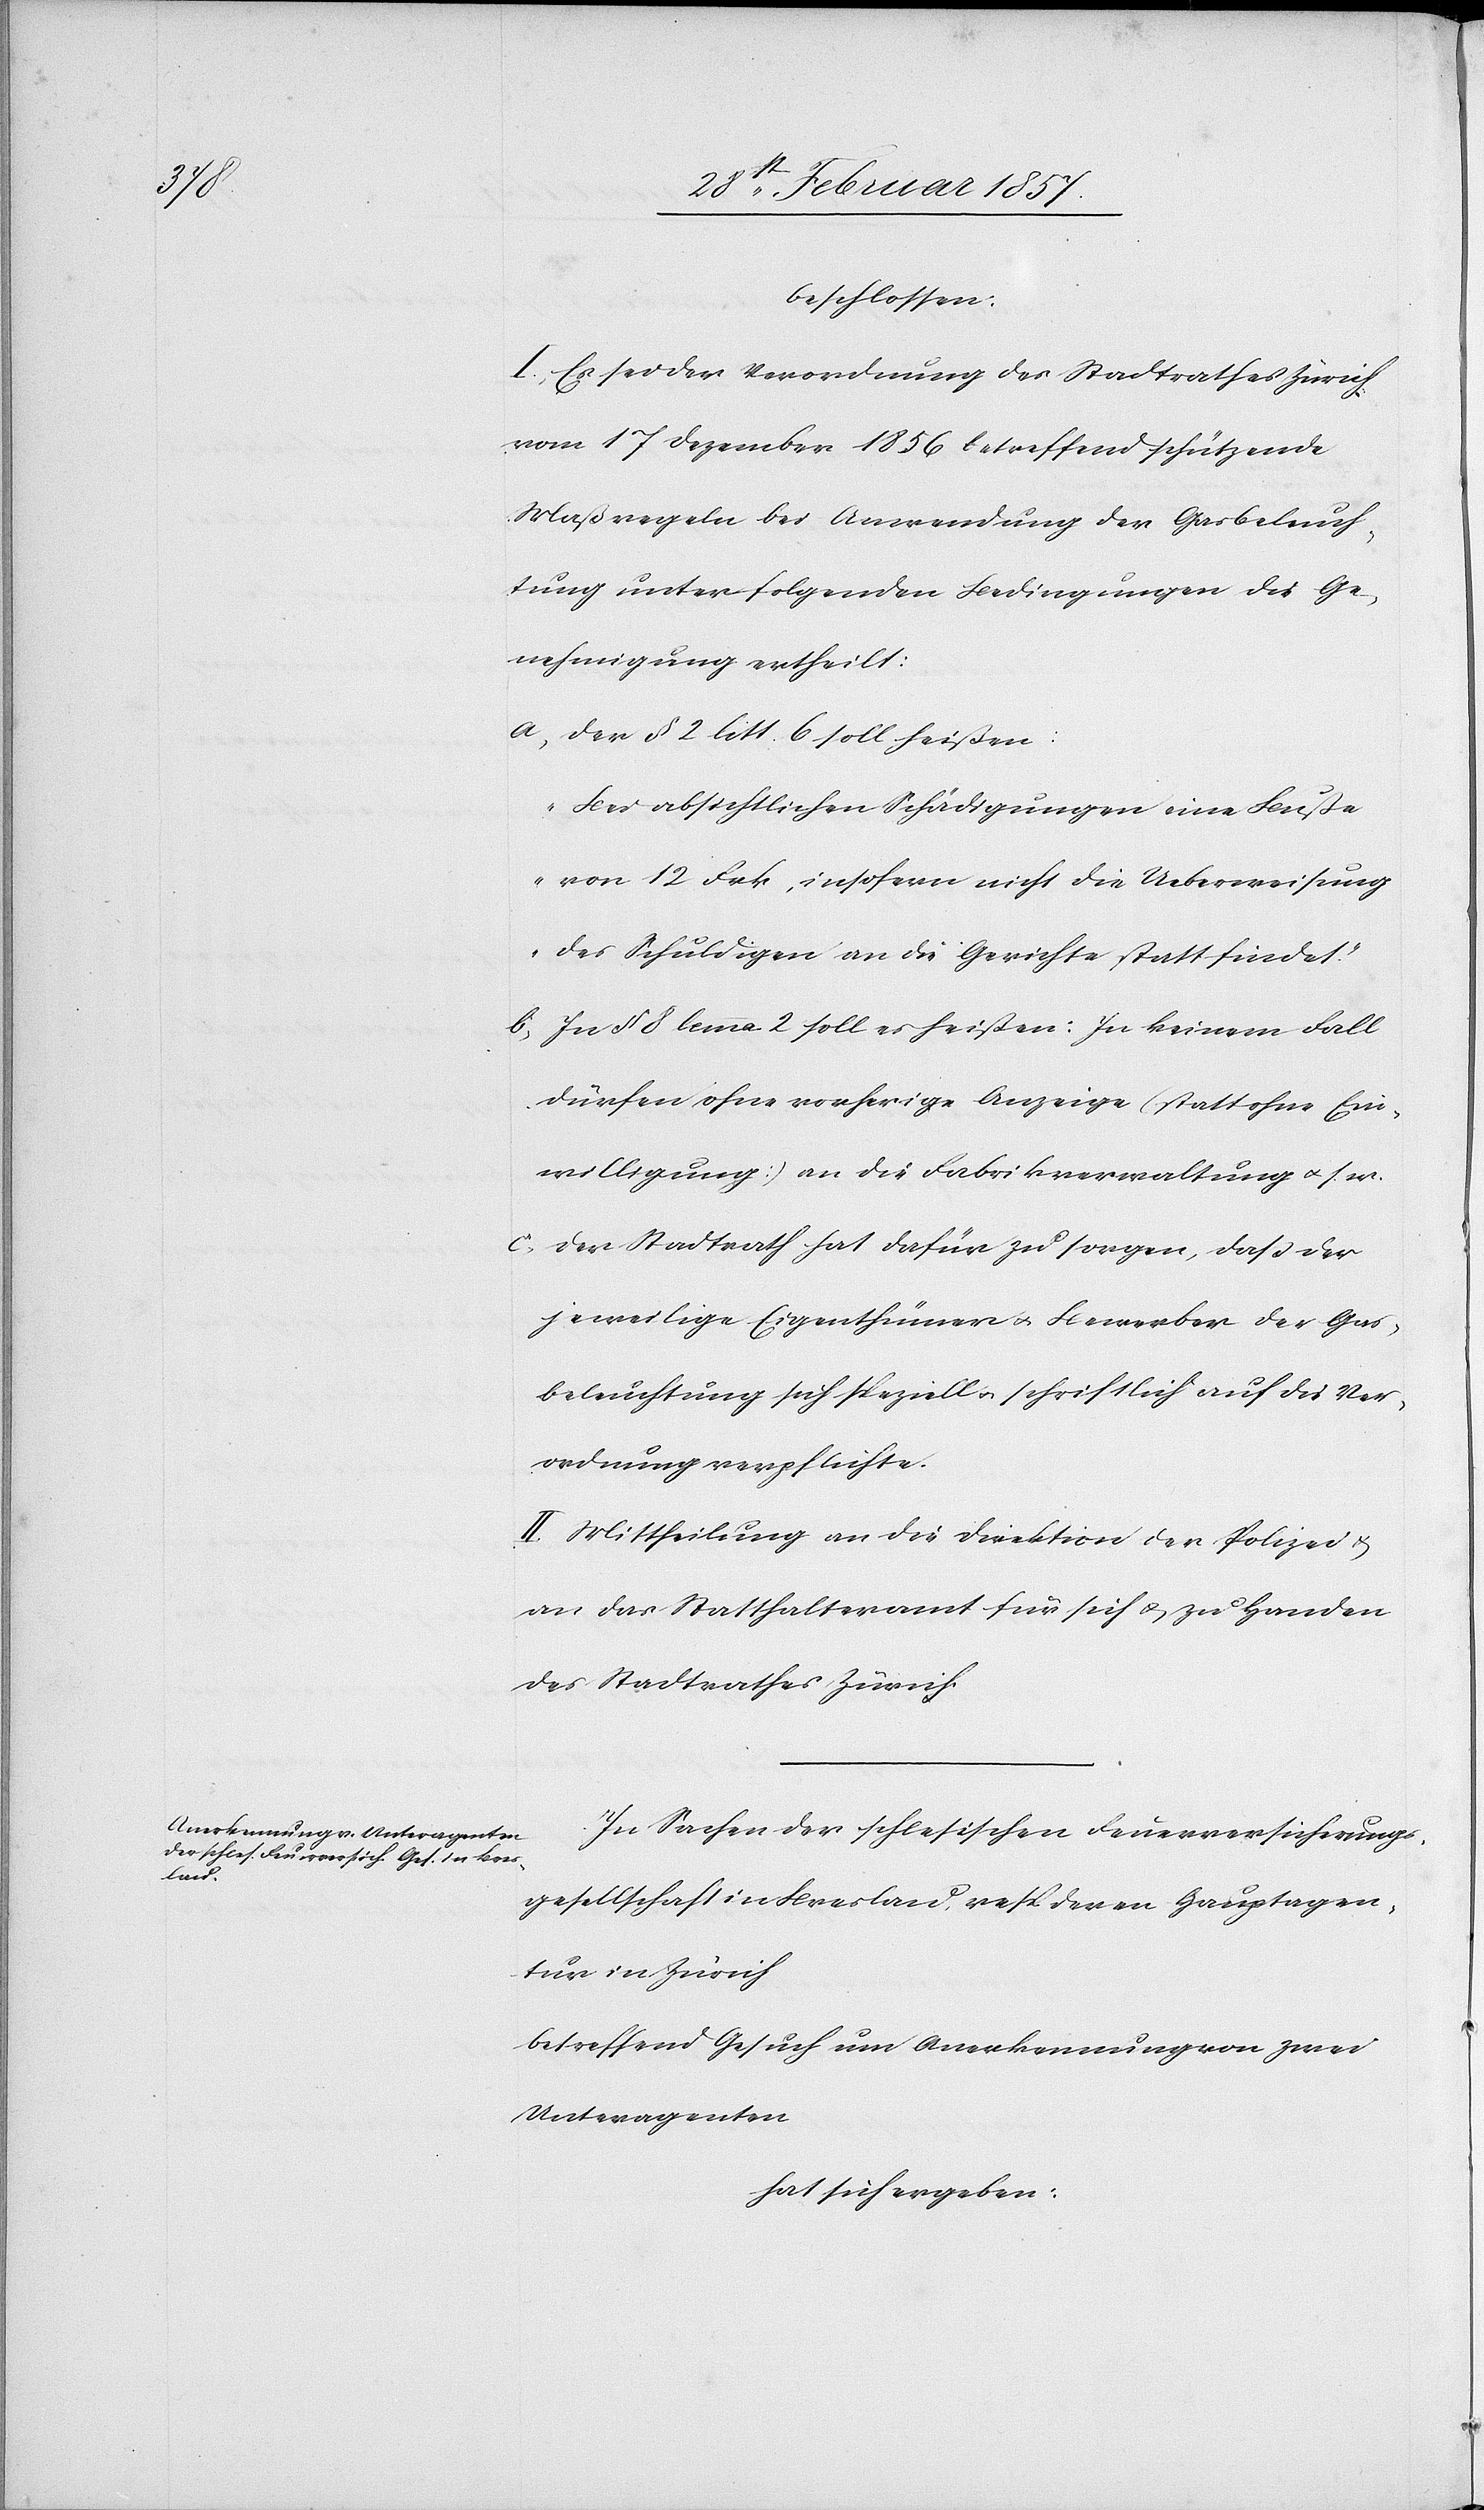
beschlossen:
I. Es sei der Verordnung des Stadtrathes Zürich
vom 17 Dezember 1856 betreffend schützende
Maßregeln bei Anwendung der Gasbeleuch¬
tung unter folgenden Bedingungen die Ge¬
nehmigung ertheilt:
a. der § 2 litt. 6 soll heißen:
„Bei absichtlichen Schädigungen eine Buße
von 12 Frk, insofern nicht die Ueberweisung
des Schuldigen an die Gerichte statt findet“
b. In § 8 lemma 2 soll es heißen: In keinem Fall
dürfen ohne vorherige Anzeige (statt ohne Ein¬
willigung) an die Fabrikverwaltung u. s. w.
c. Der Stadtrath hat dafür zu sorgen, daß der
jeweilige Eigenthümer u. Bewerber der Gas¬
beleuchtung sich speziell u. schriftlich auf die Ver¬
ordnung verpflichte.
II. Mittheilung an die Direktion der Polizei u.
an das Statthalteramt für sich u. zu Handen
des Stadtrathes Zürich.
In Sachen der schlesischen Feuerversicherungs¬
gesellschaft in Breslau, resp. deren Hauptagen¬
tur in Zürich
betreffend Gesuch um Anerkennung von zwei
Unteragenten
hat sich ergeben: